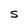
Character: S